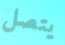
يتصل